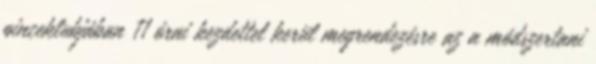
pinceklubjában 11 órai kezdettel kerül megrendezésre az a módszertani